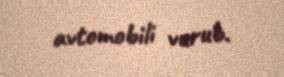
avtomobili vurub.